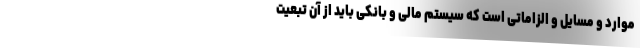
موارد و مسایل و الزاماتی است که سیستم مالی و بانکی باید از آن تبعیت